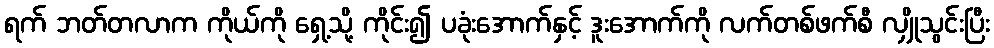
ရက် ဘတ်တလာက ကိုယ်ကို ရှေ့သို့ ကိုင်း၍ ပခုံးအောက်နှင့် ဒူးအောက်ကို လက်တစ်ဖက်စီ လျှိုသွင်းပြီး